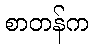
စာတန်က